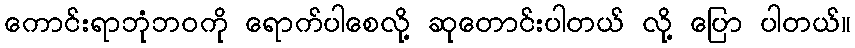
ကောင်းရာဘုံဘဝကို ရောက်ပါစေလို့ ဆုတောင်းပါတယ် လို့ ပြော ပါတယ်။